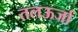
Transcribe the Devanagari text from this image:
तलऊर्जा